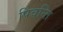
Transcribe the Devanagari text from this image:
पिवन्ति